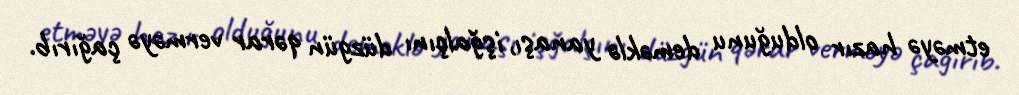
etməyə hazır olduğunu deməklə yanaşı, işğalçını düzgün qərar verməyə çağırıb.